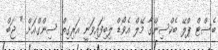
ބެސްޓް ޕްލޭ ބެކްސިންގާ މޭލް އެވޯޑް ލިބިފައިވަނީ އަރިގިތް ސިންގްއަށް " ޖަބް